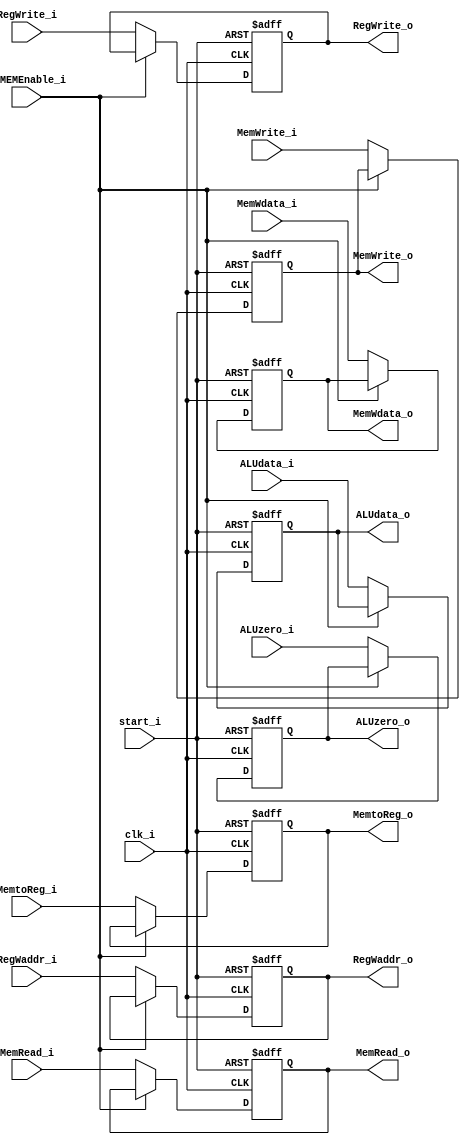
module EXMEM
(
	clk_i,
	start_i,
	RegWrite_i,
	MemtoReg_i,
	MemRead_i,
	MemWrite_i,
	ALUzero_i,
	ALUdata_i,
  RegWaddr_i,
  MemWdata_i,
  EXMEMEnable_i,
	RegWrite_o,
	MemtoReg_o,
	MemRead_o,
	MemWrite_o,
	ALUzero_o,
	ALUdata_o,
  RegWaddr_o,
  MemWdata_o
);

input clk_i, start_i;
input RegWrite_i, MemtoReg_i, MemRead_i, MemWrite_i, ALUzero_i;
input [31:0] ALUdata_i;
input [4:0] RegWaddr_i;
input [31:0] MemWdata_i;
input EXMEMEnable_i;
output RegWrite_o, MemtoReg_o, MemRead_o, MemWrite_o, ALUzero_o;
output [31:0] ALUdata_o;
output [4:0] RegWaddr_o;
output [31:0] MemWdata_o;
reg RegWrite_o, MemtoReg_o, MemRead_o, MemWrite_o, ALUzero_o;
reg [31:0] ALUdata_o;
reg [4:0]  RegWaddr_o;
reg [31:0] MemWdata_o;
always @ ( posedge clk_i or negedge start_i) begin
  if (~start_i) begin
  	RegWrite_o <= 0;
  	MemtoReg_o <= 0;
  	MemRead_o <= 0;
  	MemWrite_o <= 0;
  	ALUzero_o <= 0;
  	ALUdata_o <= 0;
  	RegWaddr_o <= 0;
    MemWdata_o <= 0;
  end
  else if (EXMEMEnable_i) begin
    RegWrite_o <= RegWrite_o;
    MemtoReg_o <= MemtoReg_o;
    MemRead_o <= MemRead_o;
    MemWrite_o <= MemWrite_o;
    ALUzero_o <= ALUzero_o;
    ALUdata_o <= ALUdata_o;
    RegWaddr_o <= RegWaddr_o;
    MemWdata_o <= MemWdata_o;
  end
  else begin
  	RegWrite_o <= RegWrite_i;
  	MemtoReg_o <= MemtoReg_i;
  	MemRead_o <= MemRead_i;
  	MemWrite_o <= MemWrite_i;
  	ALUzero_o <= ALUzero_i;
  	ALUdata_o <= ALUdata_i;
  	RegWaddr_o <= RegWaddr_i;
    MemWdata_o <= MemWdata_i;
  end
end
endmodule